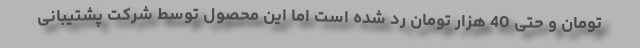
تومان و حتی 40 هزار تومان رد شده است اما این محصول توسط شرکت پشتیبانی